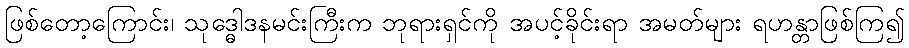
ဖြစ်တော့ကြောင်း၊ သုဒ္ဓေါဒနမင်းကြီးက ဘုရားရှင်ကို အပင့်ခိုင်းရာ အမတ်များ ရဟန္တာဖြစ်ကြ၍